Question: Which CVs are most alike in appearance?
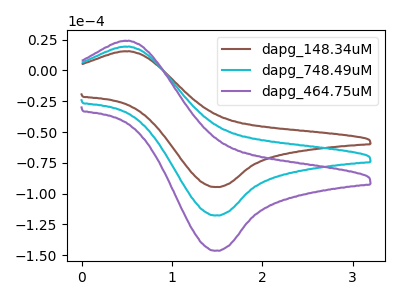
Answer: <think>The brown curve "dapg_148.34uM" has an anodic peak at (0.55V, 15.60uA) and a cathodic peak at (1.45V, -94.75uA). The cyan curve "dapg_748.49uM" has an anodic peak at (0.55V, 19.40uA) and a cathodic peak at (1.45V, -117.80uA). The purple curve "dapg_464.75uM" has an anodic peak at (0.55V, 38.80uA) and a cathodic peak at (1.45V, -235.55uA).
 All the peaks in "dapg_148.34uM" have a peak in "dapg_748.49uM" at the same potential. Every peak in "dapg_148.34uM" is lower than every peak in "dapg_748.49uM". All the peaks in "dapg_148.34uM" have a peak in "dapg_464.75uM" at the same potential. Every peak in "dapg_148.34uM" is lower than every peak in "dapg_464.75uM". All the peaks in "dapg_748.49uM" have a peak in "dapg_464.75uM" at the same potential. Every peak in "dapg_748.49uM" is lower than every peak in "dapg_464.75uM".</think>
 <answer>"dapg_148.34uM", "dapg_748.49uM" and "dapg_464.75uM" have the same shape and are likely CV's of the same chemical.</answer>
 <eval>"dapg_148.34uM" "dapg_748.49uM" "dapg_464.75uM"</eval>